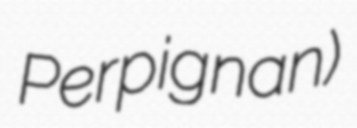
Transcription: Perpignan)